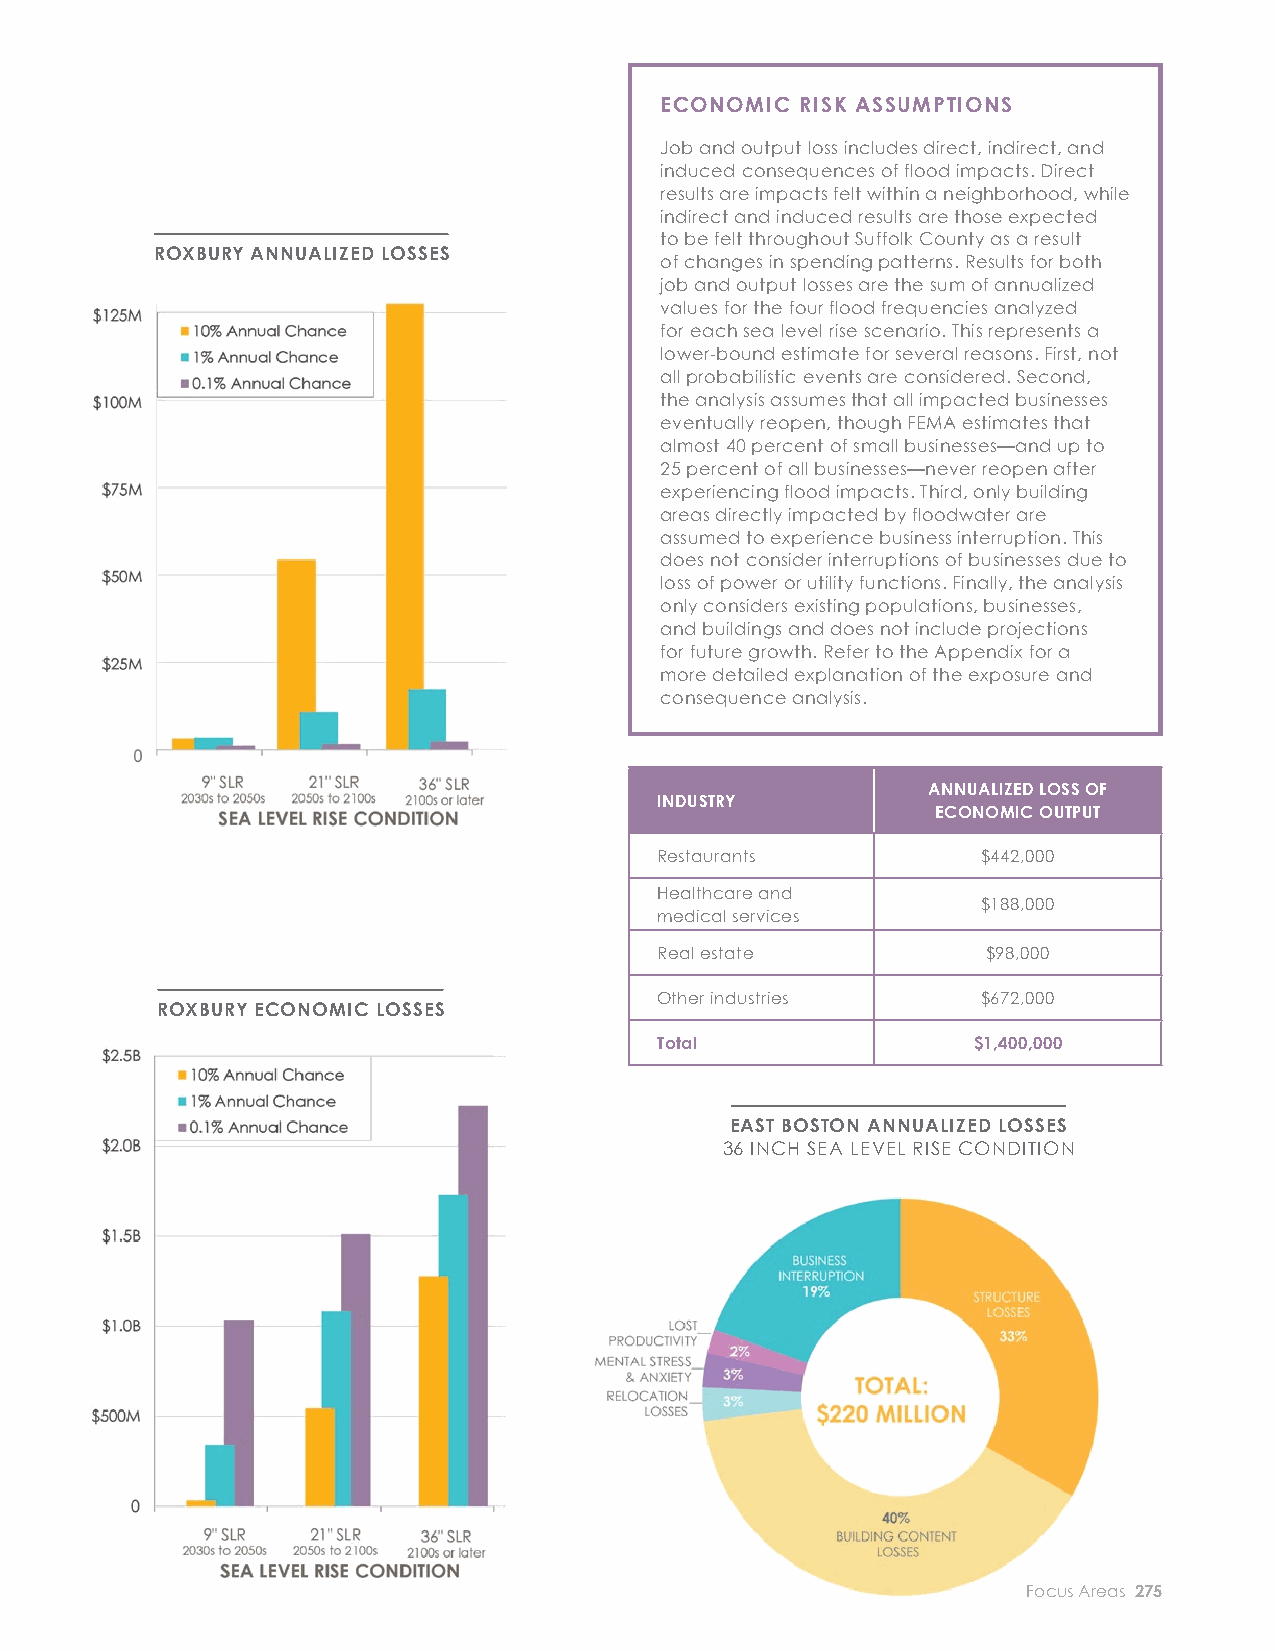
ECONOMIC RISK ASSUMPTIONS
 EXPOSURE AND CONSEQUENCES
 Job and output loss includes direct, indirect, and
 BUILDINGS AND ECONOMY                       induced consequences of flood impacts. Direct
 results are impacts felt within a neighborhood, while
 indirect and induced results are those expected
 to be felt throughout Suffolk County as a result
 RISK TO BUILDINGS RISK TO THE ECONOMY ROXBURY ANNUALIZED LOSSES
 of changes in spending patterns. Results for both
 job and output losses are the sum of annualized
 Almost 80 structures in Roxbury are expected Dorchester provides Boston with close to 35,000 jobs values for the four flood frequencies analyzed
 for each sea level rise scenario. This represents a
 to be exposed to mid-century coastal fl ooding and over $7 billion in annual output. Top employers
 lower-bound estimate for several reasons. First, not
 for the 0.1 percent annual chance event. This in the community include public education, hospitals, all probabilistic events are considered. Second,
 the analysis assumes that all impacted businesses
 number increases to 450 buildings exposed to and grocers, though no one industry seems to
 eventually reopen, though FEMA estimates that
 high-probability fl ooding later in the century (1 dominate. The economy is heavily service-oriented. almost 40 percent of small businesses—and up to
 25 percent of all businesses—never reopen after
 percent annual chance event). Of the buildings As with other service-oriented neighborhood
 experiencing flood impacts. Third, only building
 exposed later in the century, 40 percent of them economies, restaurants are expected to be most areas directly impacted by floodwater are
 assumed to experience business interruption. This
 are residential or mixed-use in nature, followed heavily impacted in a fl ood event, particularly does not consider interruptions of businesses due to
 loss of power or utility functions. Finally, the analysis
 by commercial buildings (20 percent). Though considering expected loss of employment. This is
 only considers existing populations, businesses,
 these buildings are only a fraction of Roxbury’s expected to be the case throughout the century. By and buildings and does not include projections
 for future growth. Refer to the Appendix for a
 total building stock, the neighborhood can still late-century, coastal fl ood impacts to Dorchester are
 more detailed explanation of the exposure and
 expect over $30 million in annualized damage to expected to result in 110 annualized jobs lost and consequence analysis.
 buildings and other related costs with 36 inches about $15 million in annualized output loss to the
 of sea level rise. current Boston economy. Restaurants are expected
 ANNUALIZED LOSS OF
 to comprise roughly 40 percent of job loss and 20 INDUSTRY
 ECONOMIC OUTPUT
 percent of output loss. Restaurants tend to employ
 Restaurants          $442,000
 low- to moderate-income personnel, and business
 Healthcare and
 interruption to such assets can exacerbate impacts               $188,000
 medical services
 ROXBURY BUIILDINGS EXPOSURE
 to already vulnerable populations.
 Real estate          $98,000
 Other industries     $672,000
 ROXBURY ECONOMIC LOSSES
 ROXBURY REAL ESTATE MARKET VALUE EXPOSURE
 Total               $1,400,000
 EAST BOSTON ANNUALIZED LOSSES
 36 INCH SEA LEVEL RISE CONDITION
 274 City of Boston: Climate Ready Boston                            Focus Areas 275